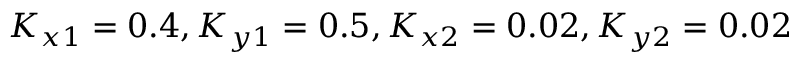
K _ { x 1 } = 0 . 4 , K _ { y 1 } = 0 . 5 , K _ { x 2 } = 0 . 0 2 , K _ { y 2 } = 0 . 0 2